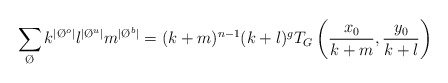
\begin{align*} \sum_{\O} k^{|\O^{o}|} l^{|\O^{u}|} m^{|\O^{b}|} = (k+m)^{n-1}(k+l)^{g} T_G\left(\frac{x_0}{k+m},\frac{y_0}{k+l}\right)\end{align*}